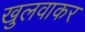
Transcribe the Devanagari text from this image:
खुलवाकर